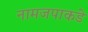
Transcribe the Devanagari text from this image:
नामजपाकडे